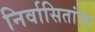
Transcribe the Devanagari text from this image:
निर्वासितांचा